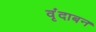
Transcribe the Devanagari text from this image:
वृंदाबन